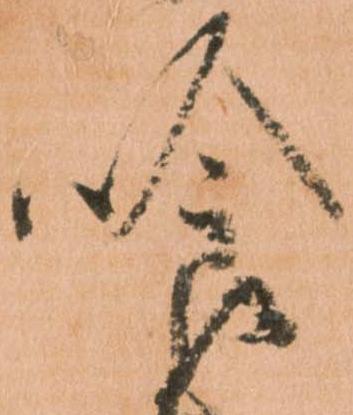
喰